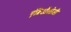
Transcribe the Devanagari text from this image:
एंब्रिऑलोजी